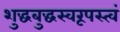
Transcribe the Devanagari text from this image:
शुद्धबुद्धस्वरूपस्त्वं